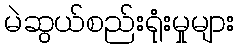
မဲဆွယ်စည်းရုံးမှုများ